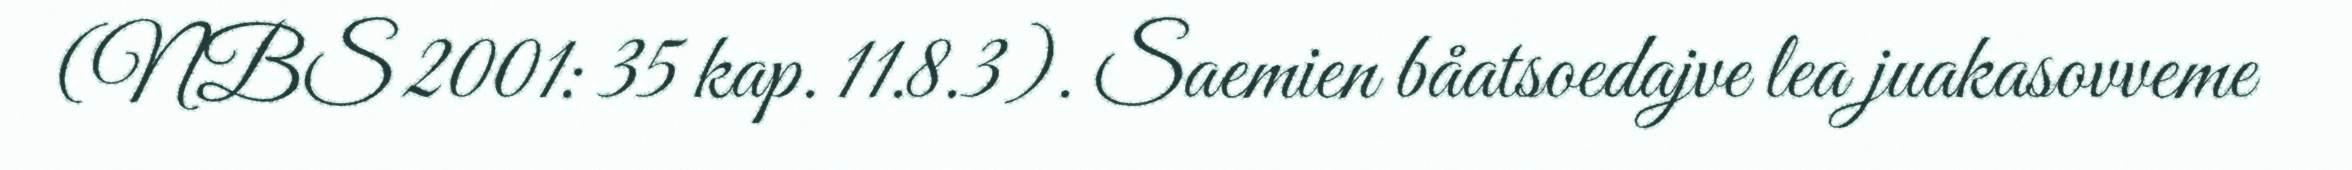
(NBS 2001: 35 kap. 11.8.3). Saemien båatsoedajve lea juakasovveme